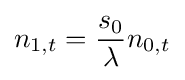
n_{1,t}={\frac {s_{0}}{\lambda }}n_{0,t}